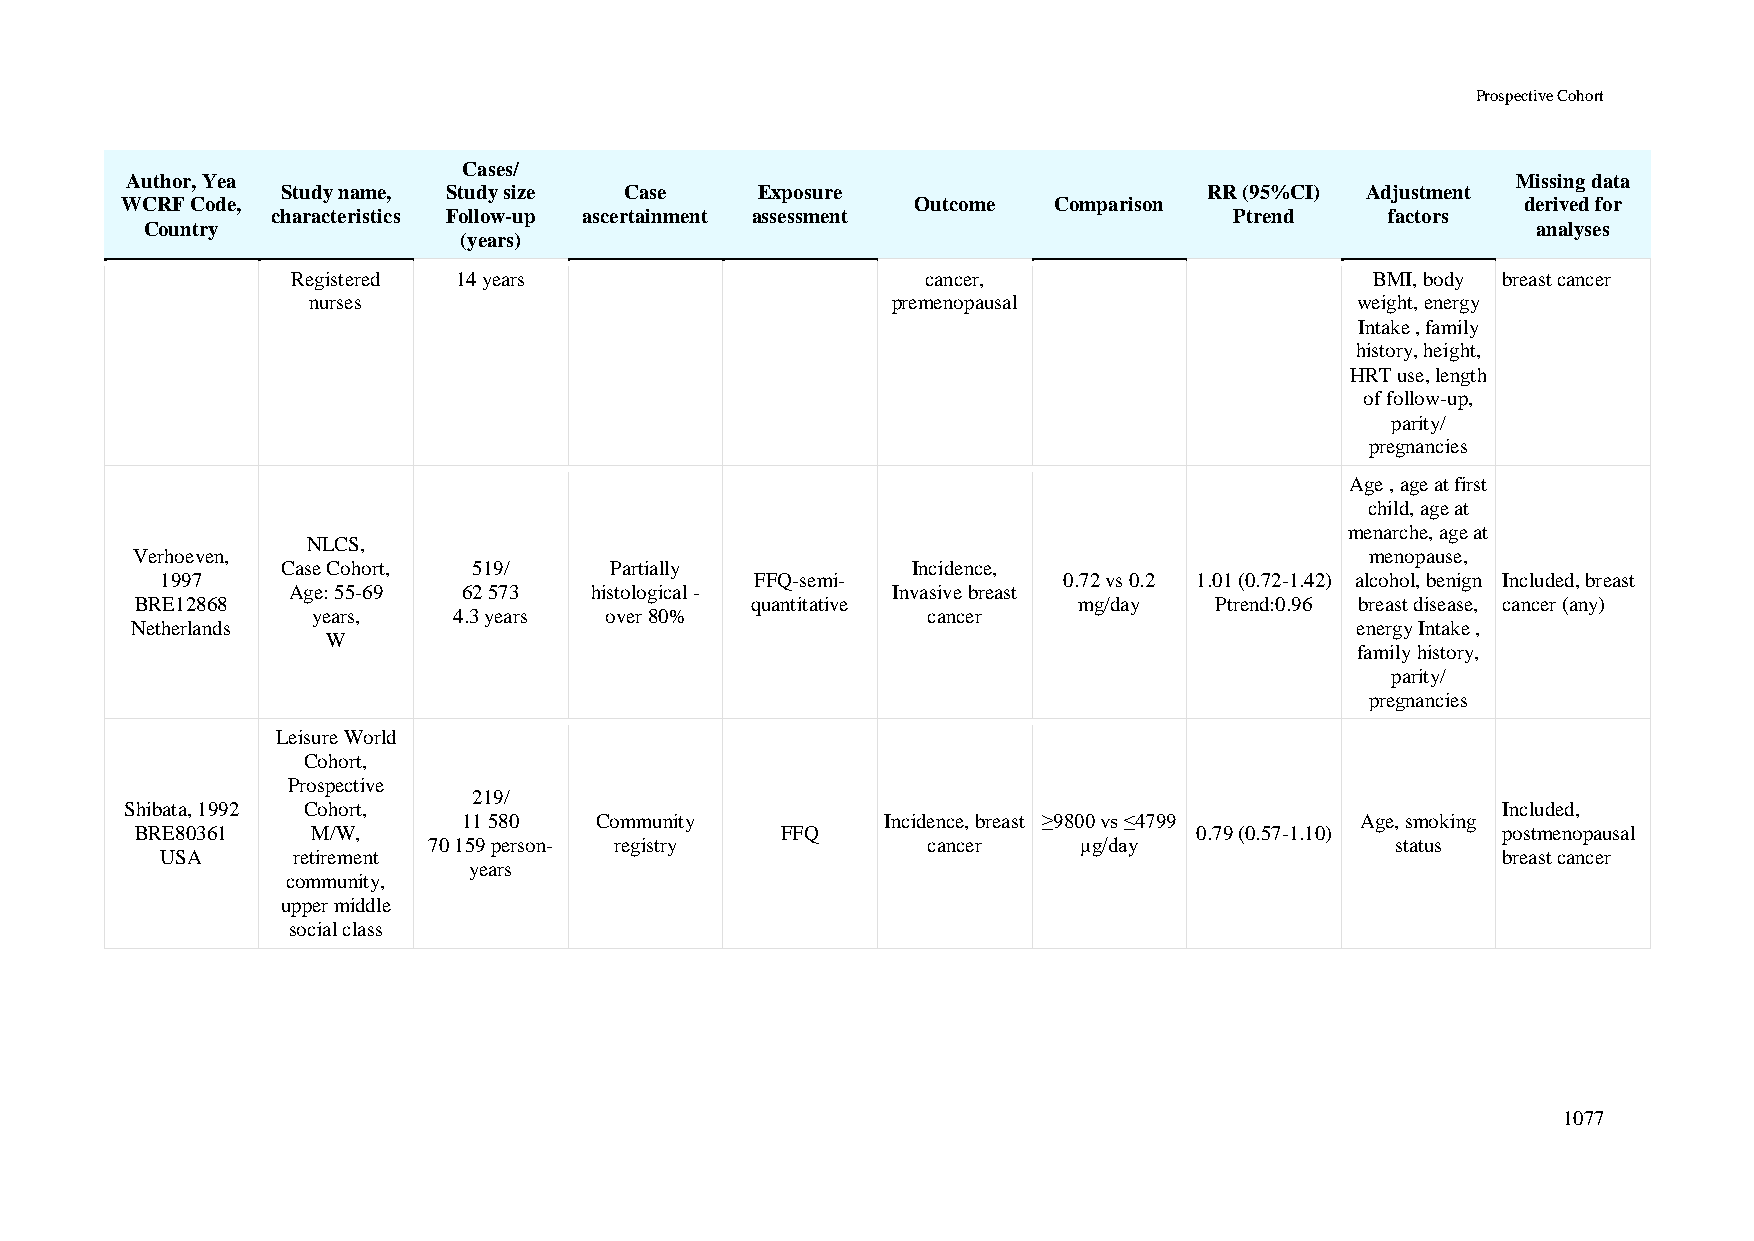
Prospective Cohort
 Cases/
 Author, Yea                                                                                 Missing data
 Study name, Study size Case    Exposure                      RR (95%CI) Adjustment
 WCRF Code,                                           Outcome  Comparison                     derived for
 characteristics Follow-up ascertainment assessment              Ptrend    factors
 Country                                                                                     analyses
 (years)
 Registered 14 years                       cancer,                       BMI, body breast cancer
 nurses                                 premenopausal                  weight, energy
 Intake , family
 history, height,
 HRT use, length
 of follow-up,
 parity/
 pregnancies
 Age , age at first
 child, age at
 menarche, age at
 NLCS,
 Verhoeven,                                                                        menopause,
 Case Cohort, 519/    Partially           Incidence,
 1997                                   FFQ-semi-           0.72 vs 0.2 1.01 (0.72-1.42) alcohol, benign Included, breast
 Age: 55-69  62 573  histological -      Invasive breast
 BRE12868                                 quantitative         mg/day   Ptrend:0.96 breast disease, cancer (any)
 years,   4.3 years over 80%             cancer
 Netherlands                                                                      energy Intake ,
 W
 family history,
 parity/
 pregnancies
 Leisure World
 Cohort,
 Prospective
 219/
 Shibata, 1992 Cohort,                                                                      Included,
 11 580  Community           Incidence, breast ≥9800 vs ≤4799 Age, smoking
 BRE80361    M/W,                           FFQ                        0.79 (0.57-1.10)    postmenopausal
 70 159 person- registry          cancer     μg/day              status
 USA     retirement                                                                      breast cancer
 years
 community,
 upper middle
 social class
 1077